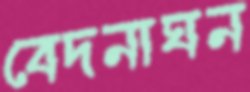
বেদনাঘন